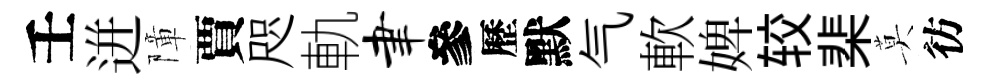
壬迸障賈咫軌聿參歷默气軟婢较棐莫彷